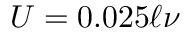
U = 0 . 0 2 5 \ell \nu